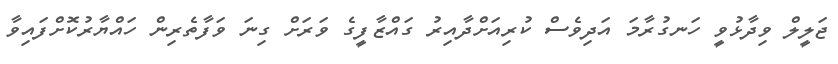
ޖަލީލް ވިދާޅުވީ ހަނގުރާމަ އަދިވެސް ކުރިއަށްދާއިރު ގައްޒާފީގެ ވަރަށް ގިނަ ވަފާތެރިން ހައްޔާރުކޮށްފައިވާ